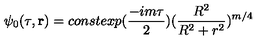
\psi _ { 0 } ( \tau , { \bf r } ) = c o n s t e x p ( \frac { - i m \tau } { 2 } ) ( \frac { R ^ { 2 } } { R ^ { 2 } + r ^ { 2 } } ) ^ { m / 4 }